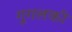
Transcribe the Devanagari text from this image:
गूगलकी